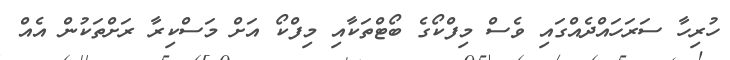
ހުރިހާ ސަރަހައްދެއްގައި ވެސް މިފްކޯގެ ބޯޓްތަކާއި މިފްކޯ އަށް މަސްކިރާ ރަށްތަކުން އެއް